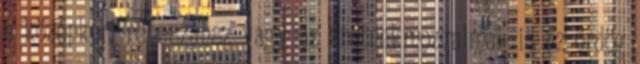
a középkori reneszánsz vagy az eretnekmozgalmak is az ördög